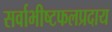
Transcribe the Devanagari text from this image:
सर्वाभीष्टफलप्रदाय